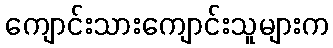
ကျောင်းသားကျောင်းသူများက